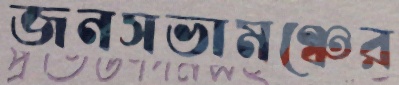
জনসভামঞ্চের